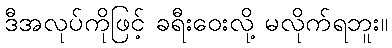
ဒီအလုပ်ကိုဖြင့် ခရီးဝေးလို့ မလိုက်ရဘူး။